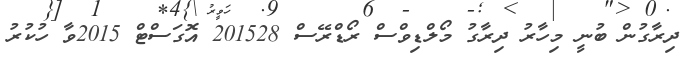
ދިރާގުން ބުނީ މިހާރު ދިރާގު މޯލްޑިވްސް ރޯޑްރޭސް 201528 އޮގަސްޓް 2015ވާ ހުކުރު